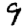
Digit: 9